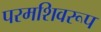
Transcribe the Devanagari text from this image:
परमशिवरूप